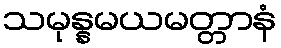
သမုန္နမယမတ္တာနံ